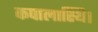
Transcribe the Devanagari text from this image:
कपालास्थि।